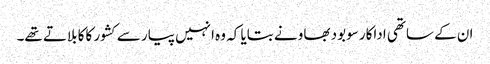
ان کے ساتھی اداکار سوبود بھاو نے بتایا کہ وہ انہیں پیار سے کشور کاکا بلاتے تھے۔